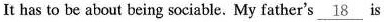
It has to be about being sociable. My father's \underline{18} is